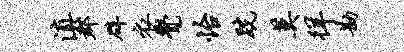
滇郡辟衣觉怡跣莫徉勘